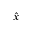
\hat { x }